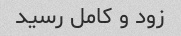
زود و کامل رسید